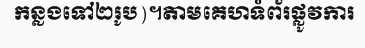
កន្លងទៅ២រូប)។តាមគេហទំព័រផ្លូវការ